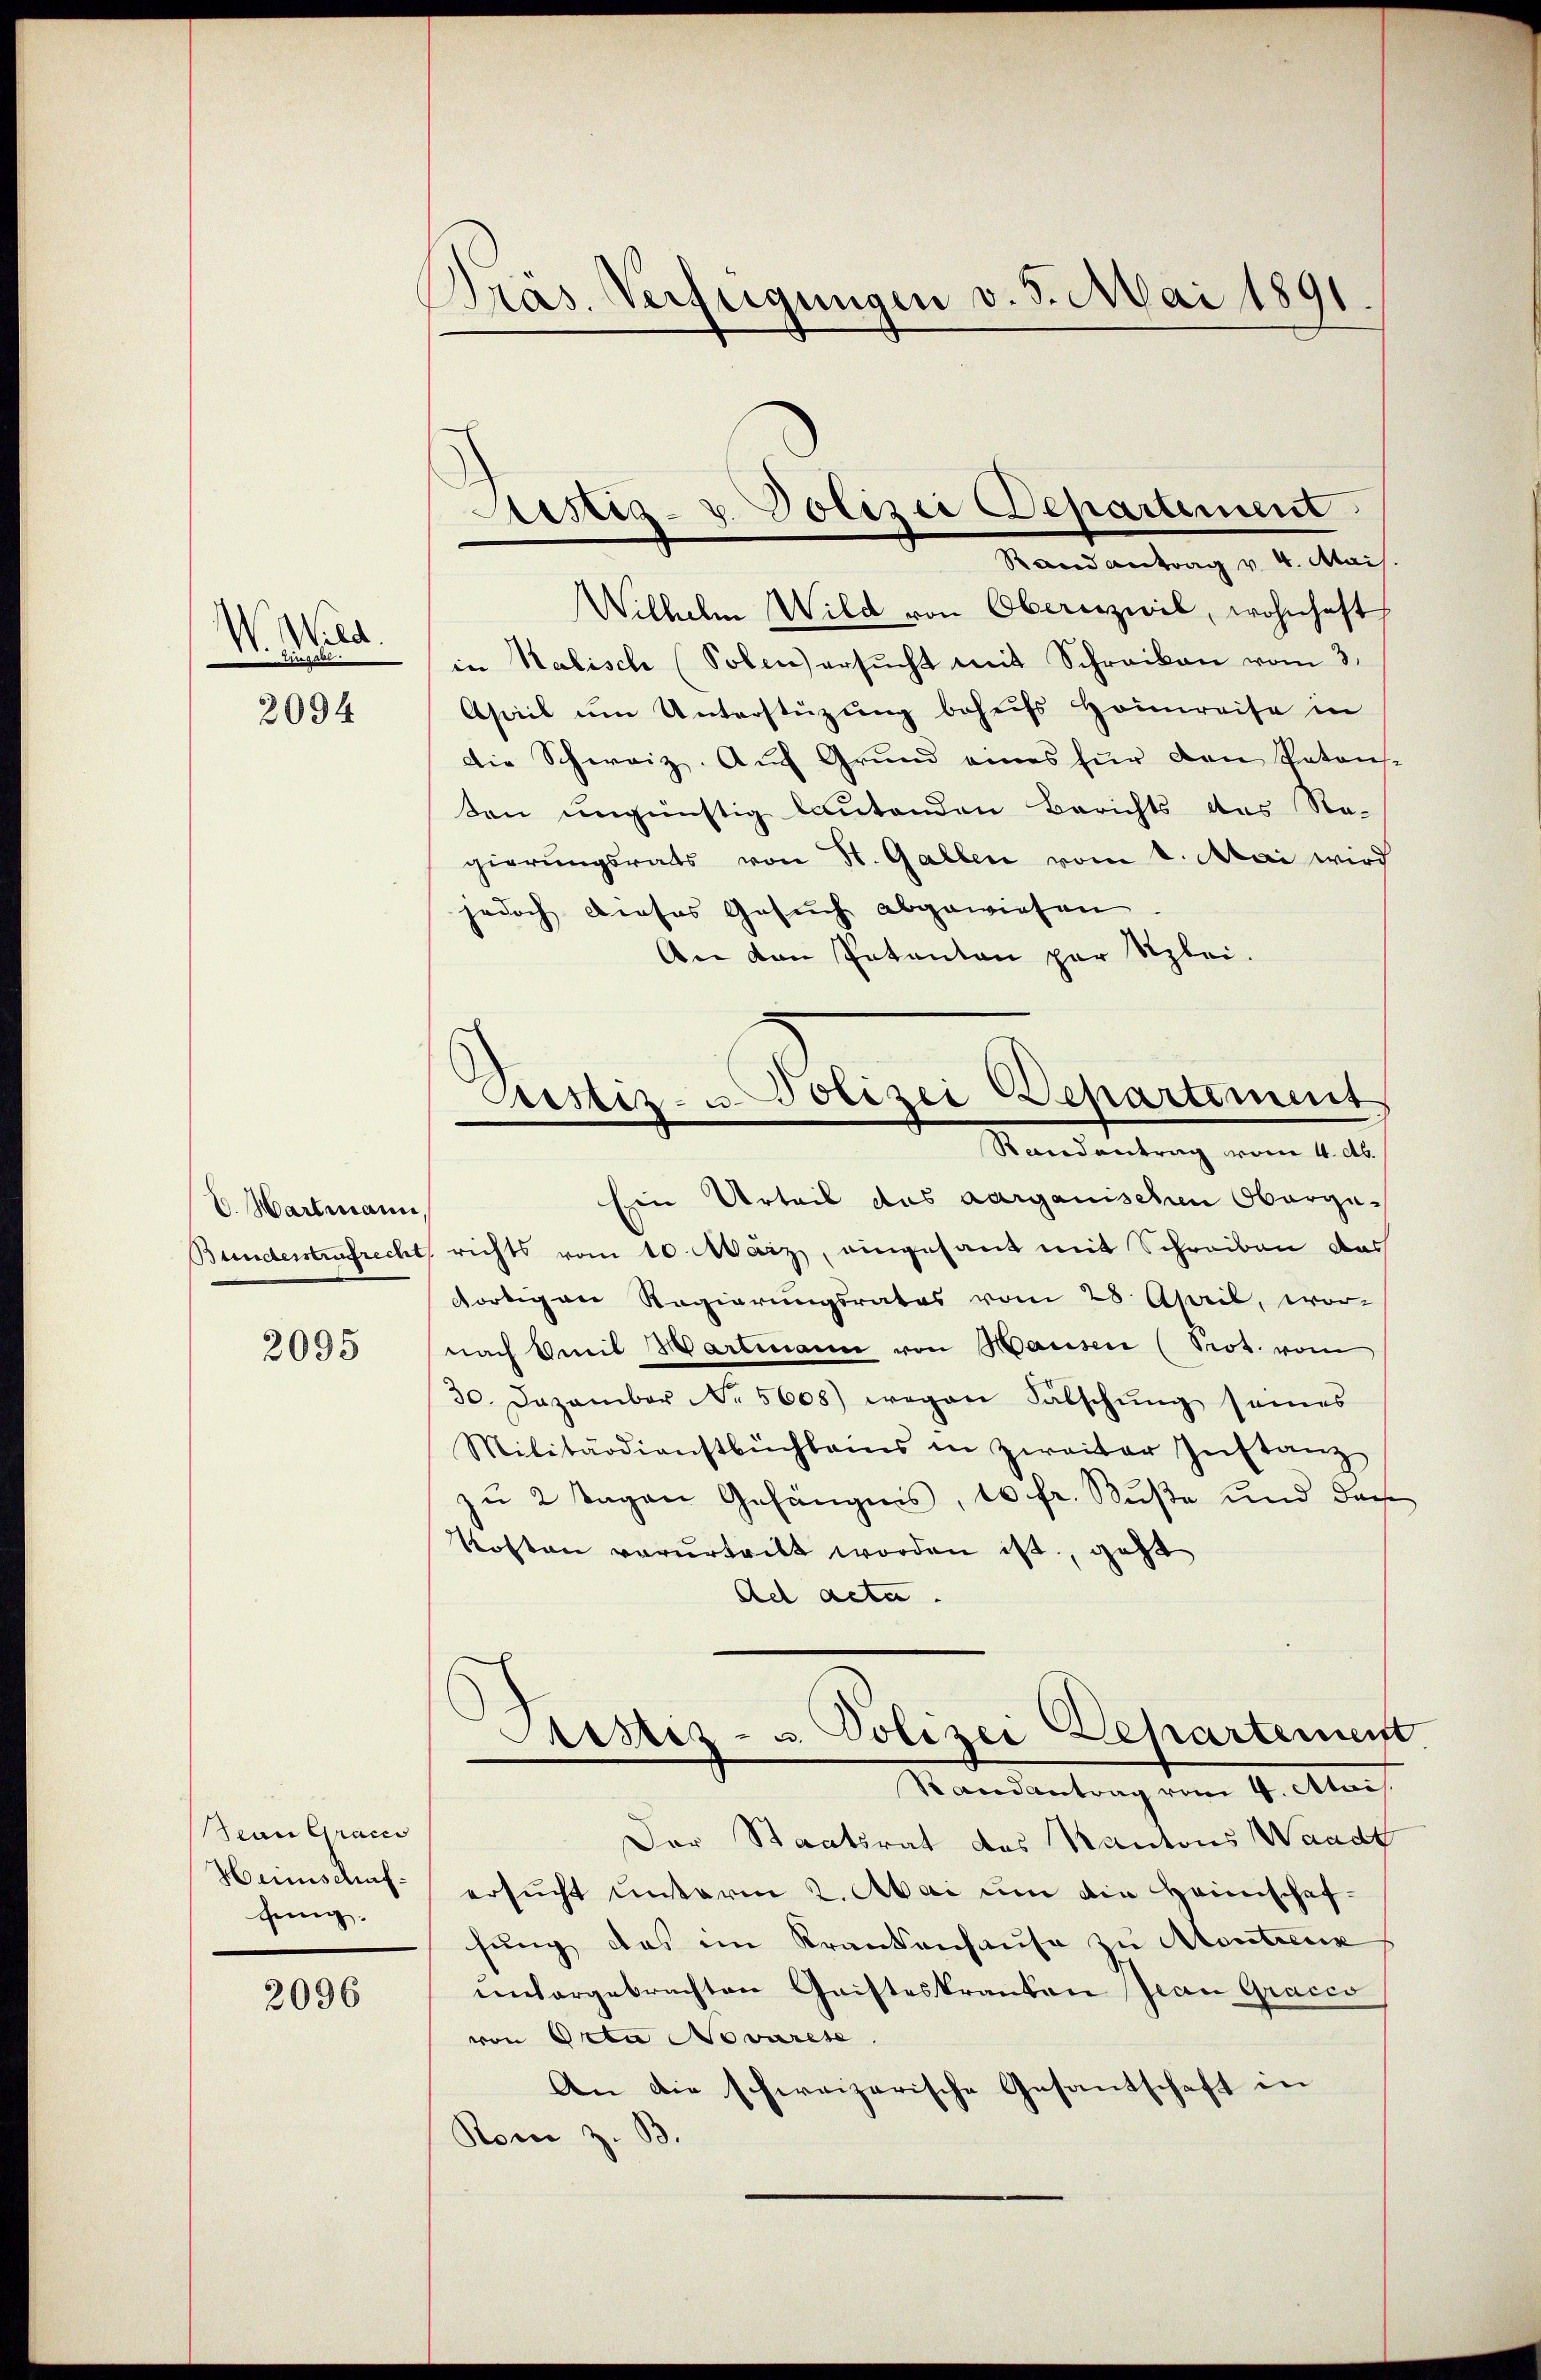
W. Wild.
e

2094

C. Hartmann,
Bundesstrafrecht

2095

Sein Gracc
Hennschaffing.

2096

Präs. Verfügungen v. 5. Mai 1891

Justiz- u. Polizei Departement

Rand antrag v. 4. Mai
Wilhelm Wild von Obern zivil, wohnhaft
in Kalisch (Solen ersŭcht mit Schreiben vom 3.
Aseil um Unterstüzung behufs Heimreise in
Die Schweiz. Auch Grund eines für den Patons-
den ungünstig lautenden Berichts das Re-
gierungsrats von St. Gallen vom 1. Mai wird
jedoch dieses Gesuch abgewiesen
An von Patanton par Szlei.
Ein Urteil das aarganischen Obergerichts vom 10. März, eingesant mit Schreiben das
dortigen Regierungsrates vom 28 April, wor-
nach mit Hartmann von Hausen (Prot. vom
30. Dezember No. 5608) wegen Falschung seines
Militärdienstbüchleins in Zweiter Instanz
zu 2 Tagen Gefängnis, 10 fr. Buße und das
Kosten verŭrtritt worden ist. geht
Ael acta.
Sistiz- u. Polizei Departement
Randantrag vom 4. Alois.
Der Staatsrat des Kantons Waadt
ersucht unterm 2. Mai um die Heimschafsung das im Krankenhause zu Martienk
untergebrachten Gaisteskranten Jean Graces
von Orta Novarese
An die schweizerische Gesantschaft in
Rom z. B.

Aristiz- u. Polizei Departement
Rondantrag vom 4. d.